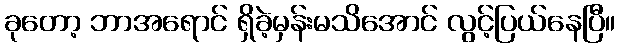
ခုတော့ ဘာအရောင် ရှိခဲ့မှန်းမသိအောင် လွင့်ပြယ်နေပြီ။